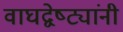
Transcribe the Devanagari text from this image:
वाघद्वेष्ट्यांनी